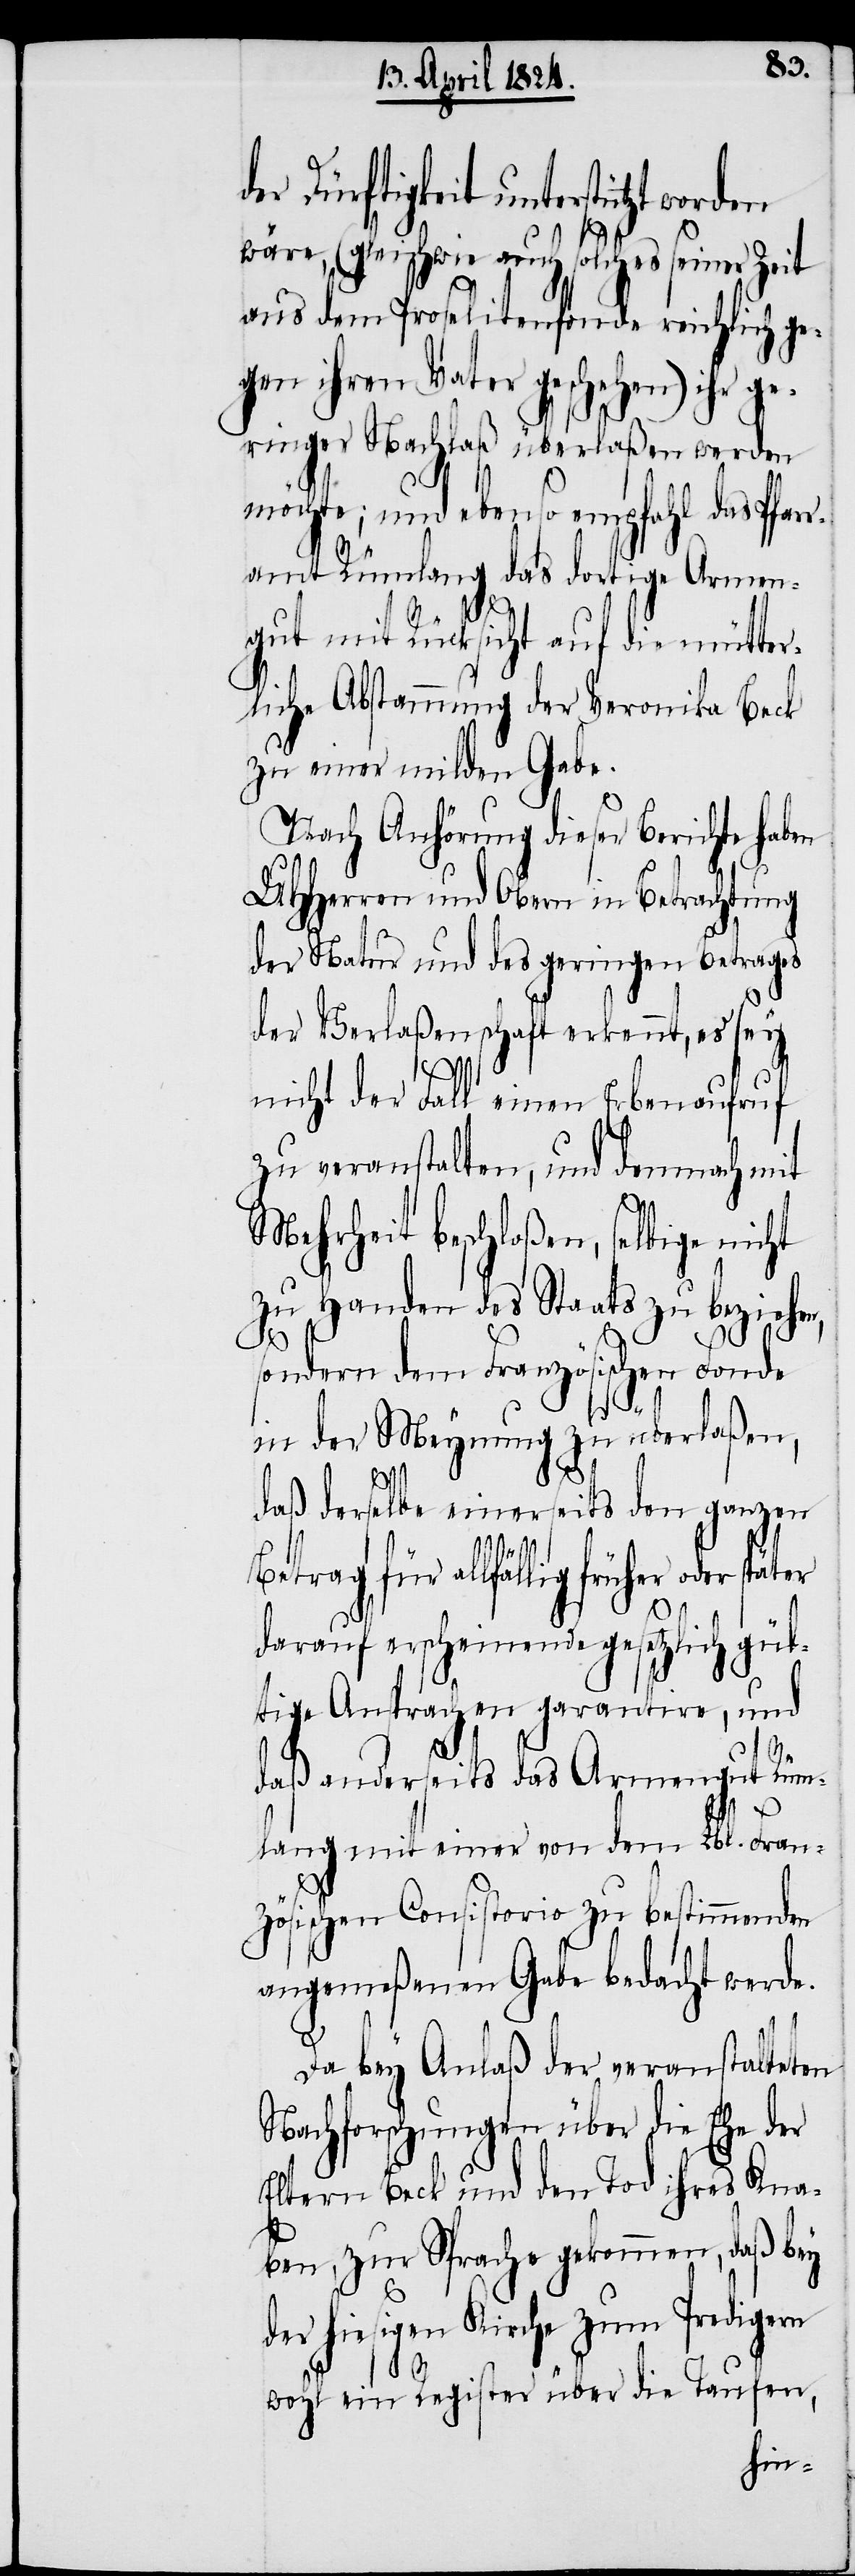
der Dürftigkeit unterstützt worden
wäre, (gleichwie auch solches seiner Zeit
aus dem Proselitenfonde reichlich ge¬
gen ihren Vater geschehen) ihr g¬
eringer Nachlaß überlaßen werden
möchte; und ebenso empfahl das Pfarr¬
amt Rümlang das dortige Armen¬
gut mit Rücksicht auf die mütte¬
rliche Abstammung der Veronika Beck
zu einer milden Gabe.
Nach Anhörung dieser Berichte haben
UHHerren und Obern in Betrachtung
der Natur und des geringen Betrages
der Verlaßenschaft erkennt, es sey
nicht der Fall einen Erbenaufruf
zu veranstalten, und demnach mit
Mehrheit beschloßen, selbige nicht
zu Handen des Staats zu beziehen,
sondern dem Französischen Fonde
in der Meynung zu überlaßen,
daß derselbe einerseits den ganzen
Betrag für allfällig früher oder
darauf erscheinende gesetzlich gül¬
tige Ansprachen garantire, und
daß anderseits das Armengut Rüm¬
lang mit einer von dem Lbl. Fran¬
zösischen Consistorio zu bestimmenden
angemeßenen Gabe bedacht werde.
Da bey Anlaß der veranstalteten
Nachforschungen über die Ehe der
Eltern Beck und den Tod ihres Kna¬
ben, zur Sprache gekommen, daß bey
der hiesigen Kirche zum Predigern
wohl ein Register über die Taufen